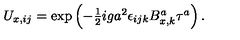
U _ { x , i j } = \exp \left( - \textstyle { { \frac { 1 } { 2 } } } i g a ^ { 2 } \epsilon _ { i j k } B _ { x , k } ^ { a } \tau ^ { a } \right) .